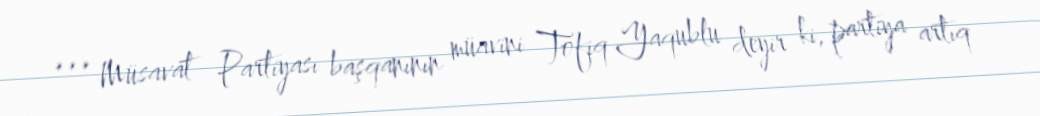
*** Müsavat Partiyası başqanının müavini Tofiq Yaqublu deyir ki, partiya artıq